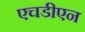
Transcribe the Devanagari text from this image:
एचडीएन